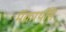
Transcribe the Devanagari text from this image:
मॅकार्थीने